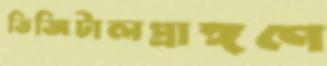
ডিজিটালপ্রাঙ্গণে